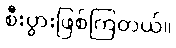
စီးပွားဖြစ်ကြတယ်။